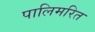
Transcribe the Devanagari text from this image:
पालिमरित